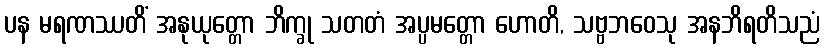
ပန မရဏဿတိံ အနုယုတ္တော ဘိက္ခု သတတံ အပ္ပမတ္တော ဟောတိ, သဗ္ဗဘဝေသု အနဘိရတိသညံ